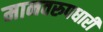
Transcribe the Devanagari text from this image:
मानवरुपधारी